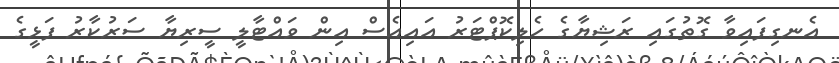
އެނގިފައިވާ ގޮތުގައި ރަޝިޔާގެ ހެލިކޮޕްޓަރު އައިއެސް އިން ވައްޓާލީ ސީރިޔާ ސަރުކާރު ފަޅީގެ